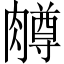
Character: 𫆸